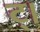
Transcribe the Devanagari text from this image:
ट्।